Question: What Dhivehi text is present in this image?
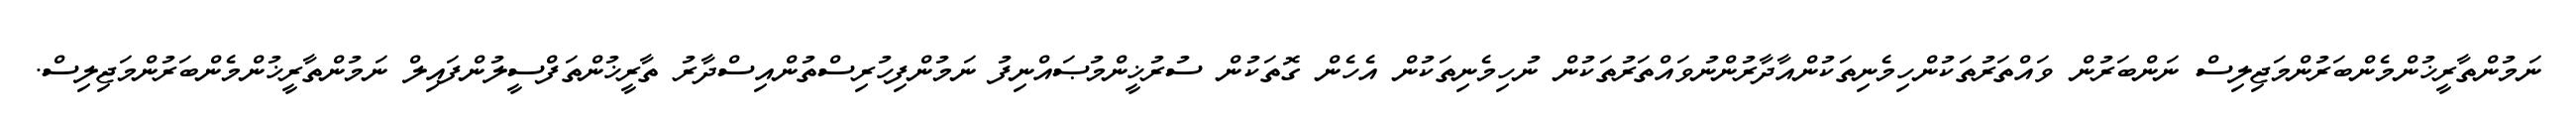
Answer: ނަމުންތާރީޚުންމެންބަރުންމަޖިލިސް ނަންބަރުން ވައްތަރުތަކުންހިމެނިތަކުންއާދާރުންނުވައްތަރުތަކުން ނުހިމެނިތަކުން އެހެން ގޮތަކުން ސުރުޚީންމުޞައްނިފު ނަމުންފިހުރިސްތުންއިސްދާރު ތާރީޚުންތަފްސީލުންފައިލް ނަމުންތާރީޚުންމެންބަރުންމަޖިލިސް.